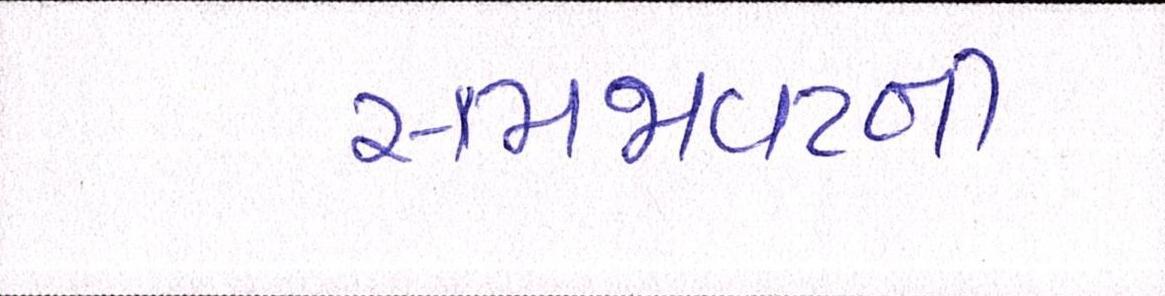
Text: સમજાવટની